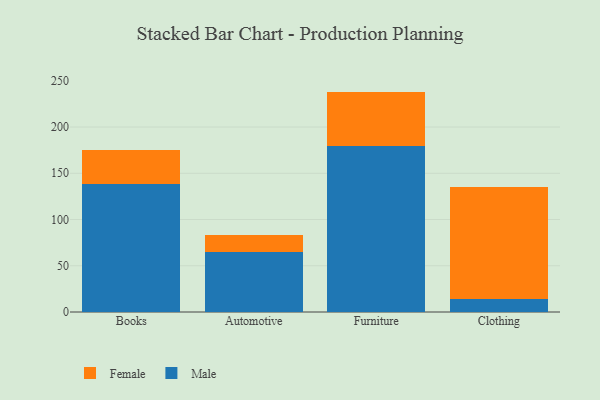
{"axis": {"x": "Category", "y": "Tickets Resolved"}, "legend": ["Female", "Male"], "data": [{"x": "Books", "y": 138.2, "type": "Male"}, {"x": "Books", "y": 36.6, "type": "Female"}, {"x": "Automotive", "y": 65.3, "type": "Male"}, {"x": "Automotive", "y": 18.4, "type": "Female"}, {"x": "Furniture", "y": 179.8, "type": "Male"}, {"x": "Furniture", "y": 58.5, "type": "Female"}, {"x": "Clothing", "y": 14.3, "type": "Male"}, {"x": "Clothing", "y": 121.0, "type": "Female"}]}